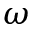
\omega